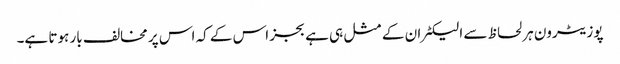
پوزیٹرون ہر لحاظ سے الیکٹران کے مثل ہی ہے بجز اس کے کہ اس پر مخالف بار ہوتا ہے۔